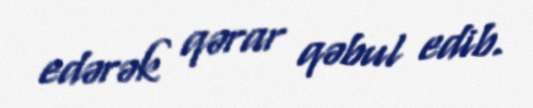
edərək qərar qəbul edib.